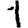
Digit: 1